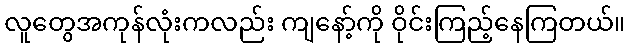
လူတွေအကုန်လုံးကလည်း ကျနော့်ကို ဝိုင်းကြည့်နေကြတယ်။